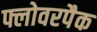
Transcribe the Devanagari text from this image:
फ्लोवरपैक